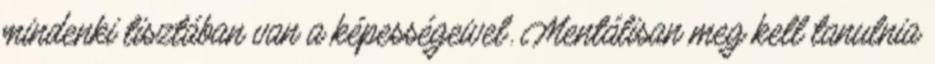
mindenki tisztában van a képességeivel. Mentálisan meg kell tanulnia